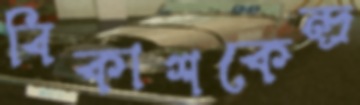
বিকাশকেন্দ্র